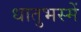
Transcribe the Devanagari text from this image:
धातुभस्में